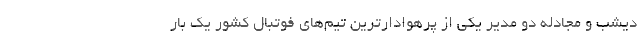
دیشب و مجادله دو مدیر یکی از پرهوادارترین تیم‌های فوتبال کشور یک بار